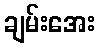
ချမ်းအေး